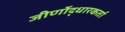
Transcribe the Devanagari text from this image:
जीर्णोद्धारकर्ता